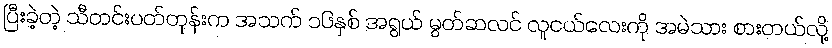
ပြီးခဲ့တဲ့ သီတင်းပတ်တုန်းက အသက် ၁၆နှစ် အရွယ် မွတ်ဆလင် လူငယ်လေးကို အမဲသား စားတယ်လို့